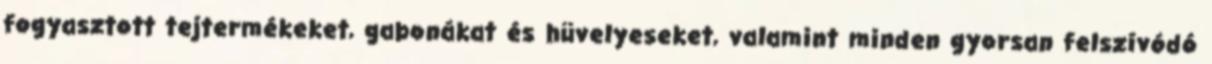
fogyasztott tejtermékeket, gabonákat és hüvelyeseket, valamint minden gyorsan felszívódó